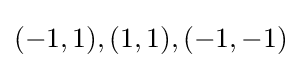
(-1,1),(1,1),(-1,-1)